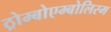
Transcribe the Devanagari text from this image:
ठ्रोम्बोएम्बोलिस्म